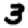
Digit: 3